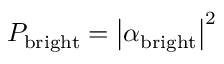
P _ { \mathrm { b r i g h t } } = \left| \alpha _ { \mathrm { b r i g h t } } \right| ^ { 2 }